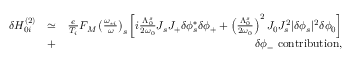
\begin{array} { r l r } { \delta H _ { 0 i } ^ { ( 2 ) } } & { \simeq } & { \frac { e } { T _ { i } } F _ { M } \left( \frac { \omega _ { * i } } { \omega } \right) _ { s } \left[ i \frac { \Lambda _ { 0 } ^ { s } } { 2 \omega _ { 0 } } J _ { s } J _ { + } \delta \phi _ { s } ^ { * } \delta \phi _ { + } + \left( \frac { \Lambda _ { 0 } ^ { s } } { 2 \omega _ { 0 } } \right) ^ { 2 } J _ { 0 } J _ { s } ^ { 2 } \lvert \delta \phi _ { s } \rvert ^ { 2 } \delta \phi _ { 0 } \right] } \\ & { + } & { \delta \phi _ { - } \ \mathrm { c o n t r i b u t i o n } , } \end{array}